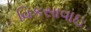
વિકસાવાઇ